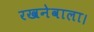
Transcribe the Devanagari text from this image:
रखनेवाला।